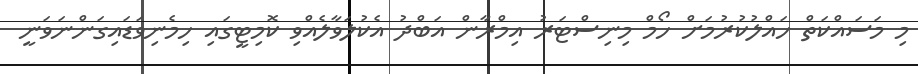
މި މަސައްކަތް ހައްލުކުރުމަށް ހޯމް މިނިސްޓަރު އިމްރާން އަބްދު އެކުލަވާލެއްވި ކޮމިޓީގައި ހިމެނިވަޑައިގަންނަވަނީ